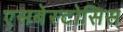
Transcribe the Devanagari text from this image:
एसबेस्टोसिस